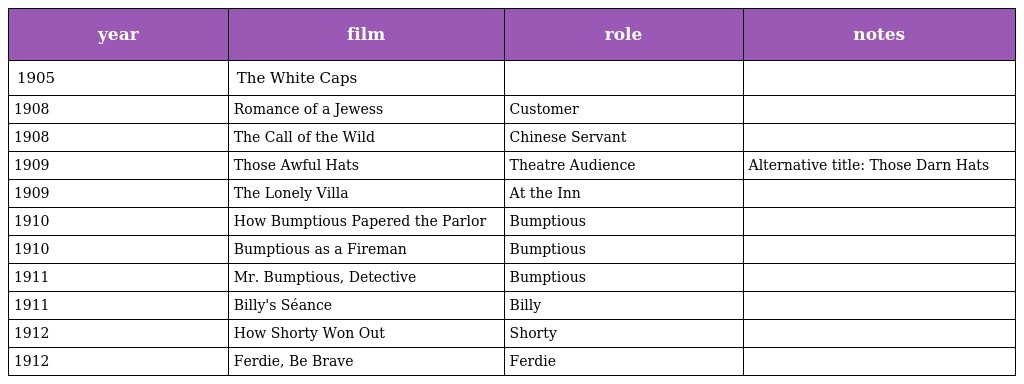
| year | film | role | notes |
 | --- | --- | --- | --- |
 | 1905 | The White Caps |  |  |
 | 1908 | Romance of a Jewess | Customer |  |
 | 1908 | The Call of the Wild | Chinese Servant |  |
 | 1909 | Those Awful Hats | Theatre Audience | Alternative title: Those Darn Hats |
 | 1909 | The Lonely Villa | At the Inn |  |
 | 1910 | How Bumptious Papered the Parlor | Bumptious |  |
 | 1910 | Bumptious as a Fireman | Bumptious |  |
 | 1911 | Mr. Bumptious, Detective | Bumptious |  |
 | 1911 | Billy's Séance | Billy |  |
 | 1912 | How Shorty Won Out | Shorty |  |
 | 1912 | Ferdie, Be Brave | Ferdie |  |